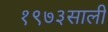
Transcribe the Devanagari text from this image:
१९७३साली